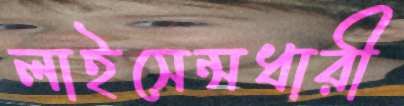
লাইসেন্সধারী